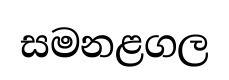
සමනළගල